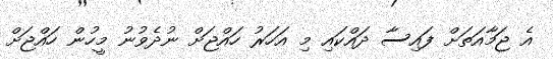
އެ ޖަމާއަތަށް ފައިސާ ދައްކައި މި އަހަރު ހައްޖަށް ނުދެވުނު މީހުން ހައްޖަށް